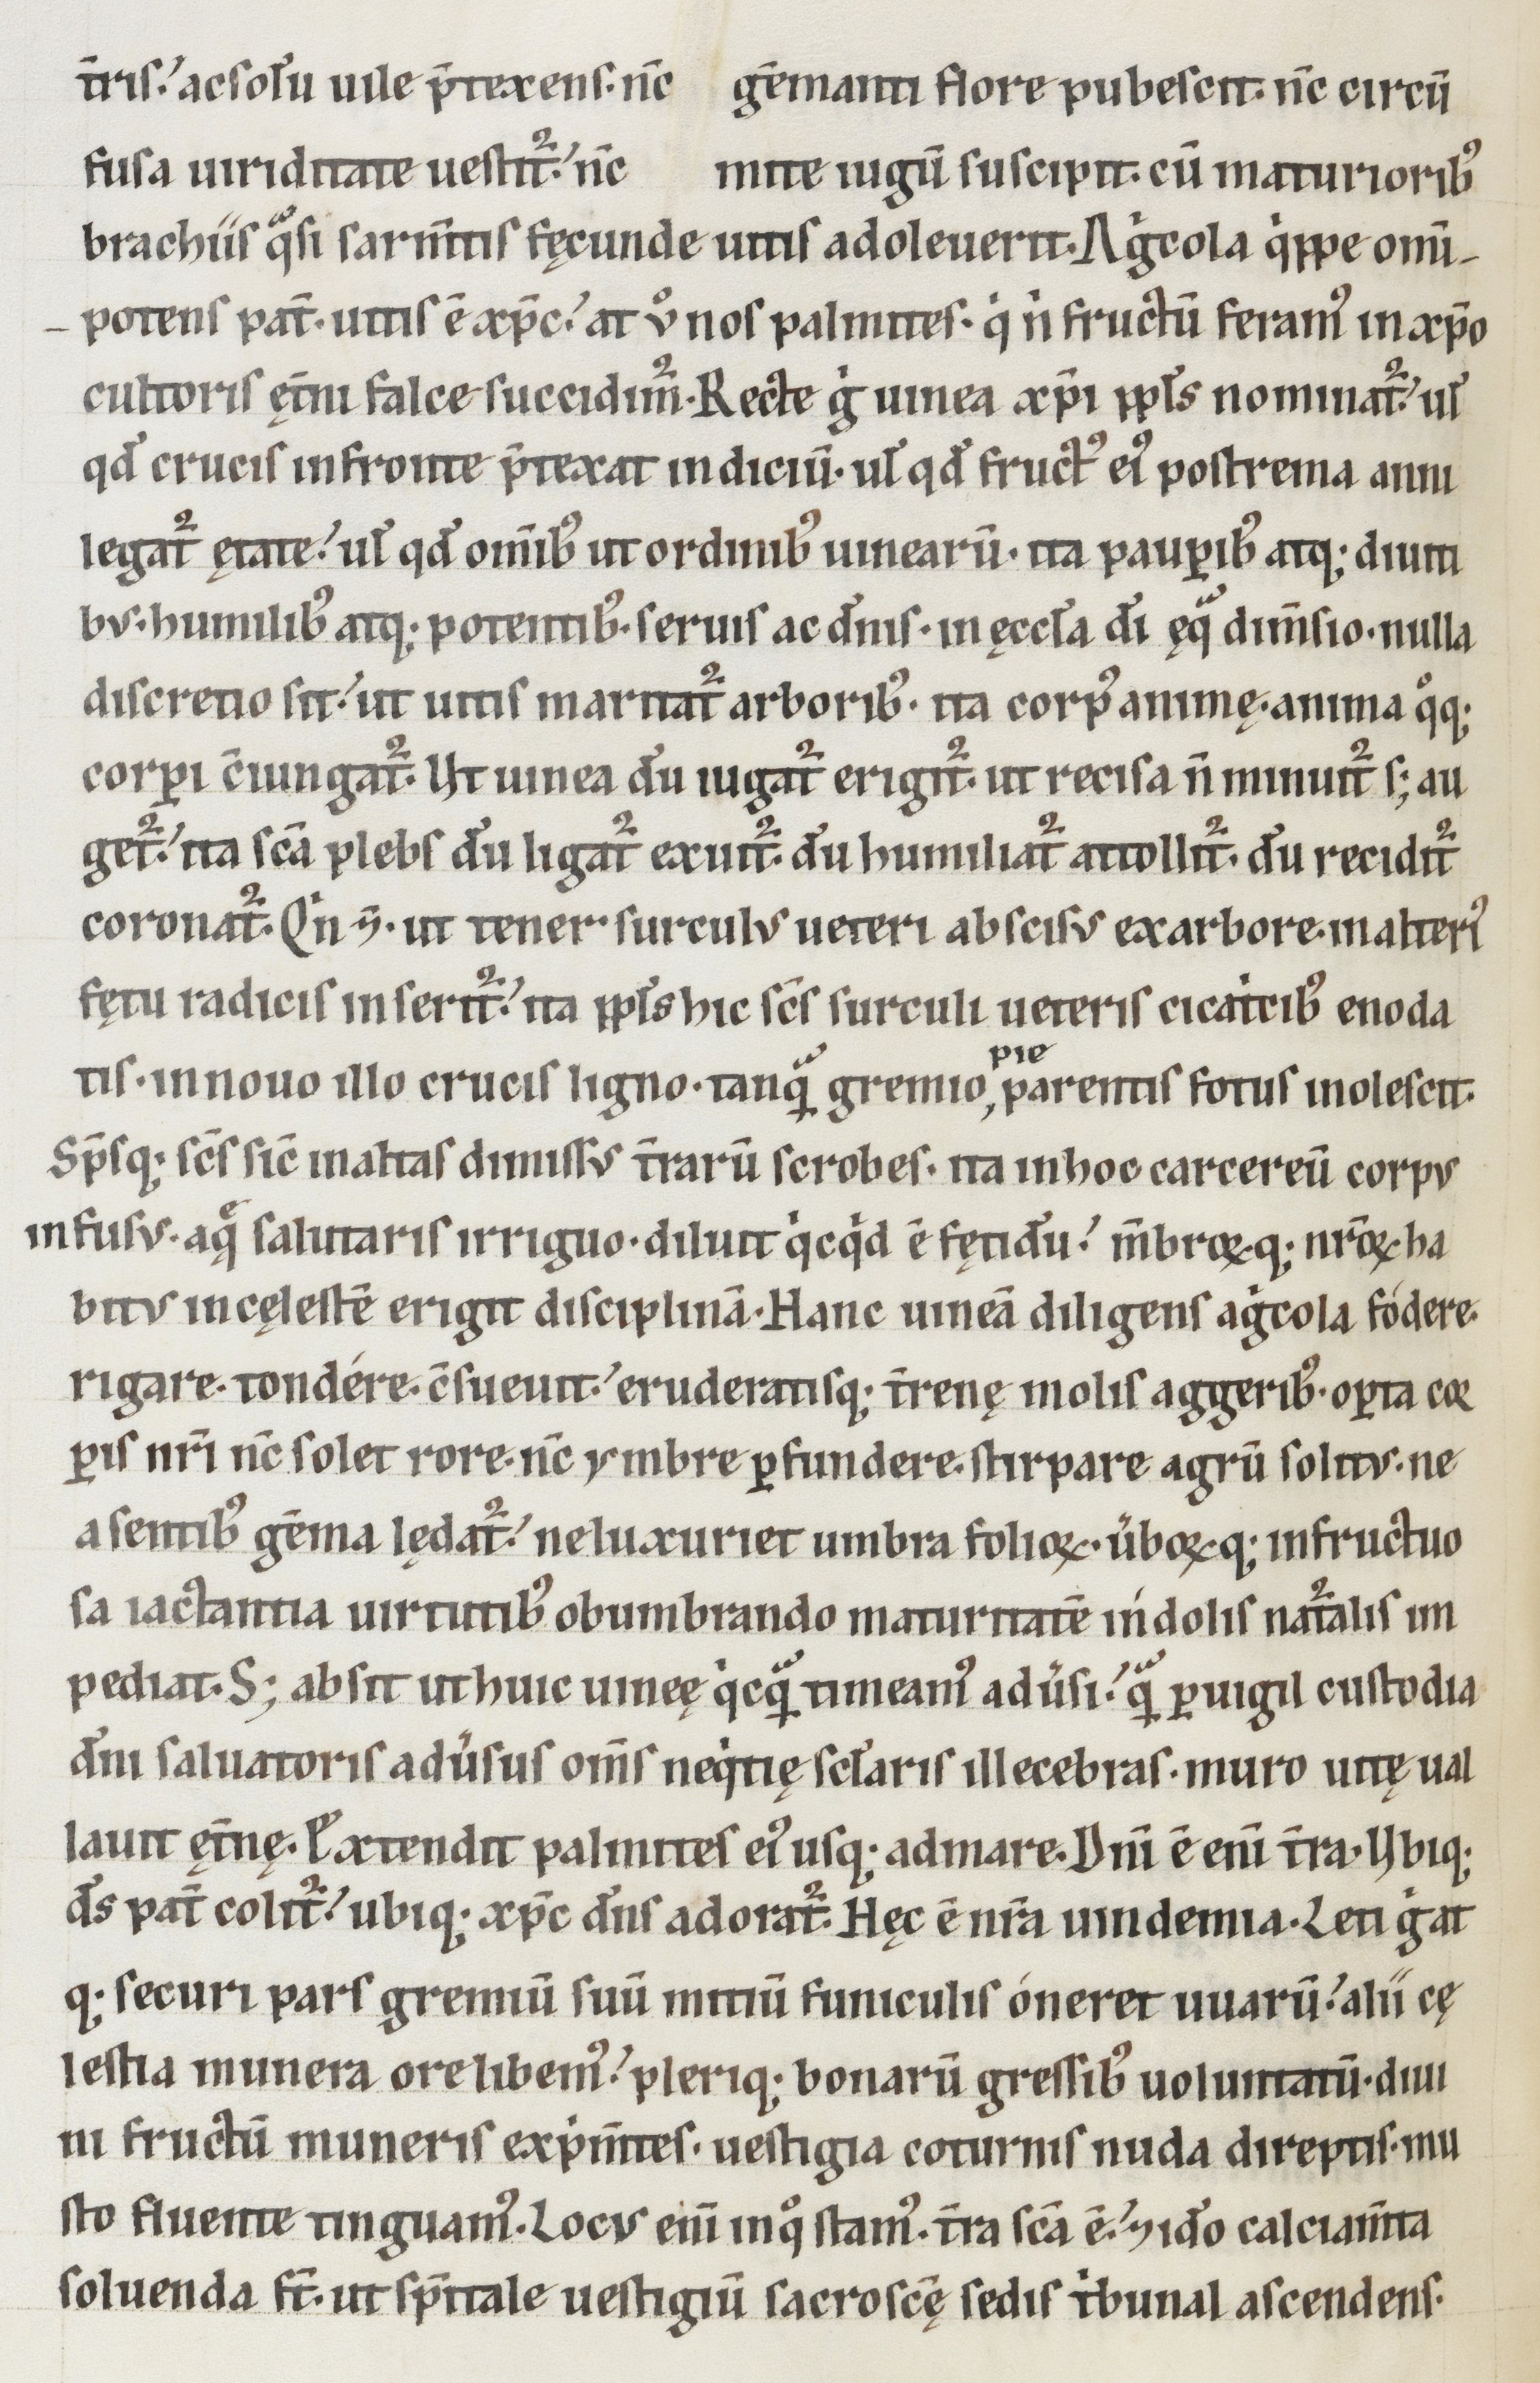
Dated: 1100–1199